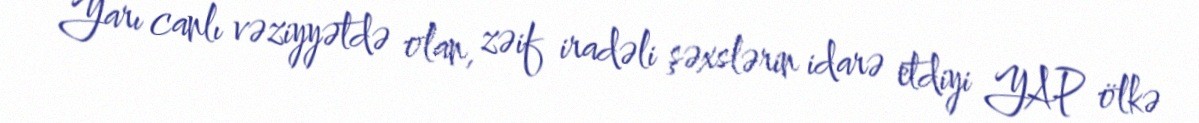
Yarı canlı vəziyyətdə olan, zəif iradəli şəxslərin idarə etdiyi YAP ölkə